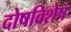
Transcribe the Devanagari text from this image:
दोषविशेष